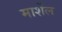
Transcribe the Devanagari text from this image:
मार्शेल